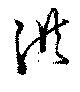
洪